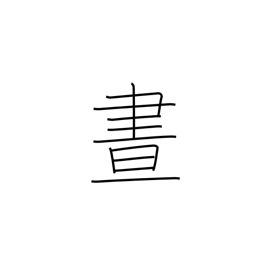
Meaning: daylight